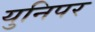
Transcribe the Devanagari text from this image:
युनिपर